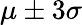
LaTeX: \mu\pm 3\sigma